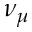
\nu _ { \mu }